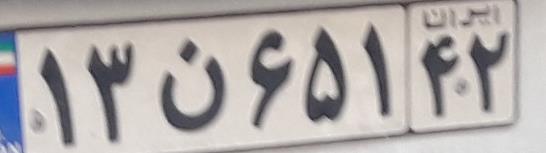
۱۳ن۶۵۱۴۲